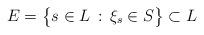
LaTeX: \begin{align*}E = \big\{ s \in L \, : \, \xi_s \in S \big\} \subset L\end{align*}